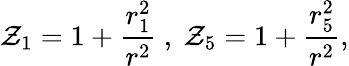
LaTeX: \mathcal{Z}_{1}=1+\frac{{r_{1}^{2}}}{{r^{2}}}\ ,\ \mathcal{Z}_{5}=1+\frac{{r_{5}^{2}}}{{r^{2}}},